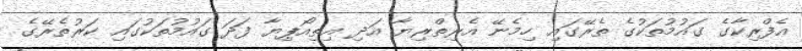
އެފްރިކާގެ ގައުމުތަކުގެ ތެރޭގައި ހިމެނޭ އެރިތްރިޔާ އަދި އިތިއޯޕިޔާ ފަދަ ގައުމުތަކުގައި ކަރުތެރޭގެ